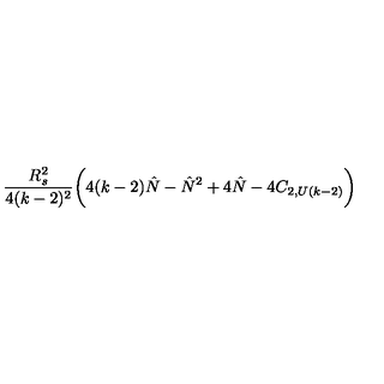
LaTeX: { \frac { R _ { s } ^ { 2 } } { 4 ( k - 2 ) ^ { 2 } } } \biggl ( 4 ( k - 2 ) { \hat { N } } - { \hat { N } } ^ { 2 } + 4 { \hat { N } } - 4 C _ { 2 , U ( k - 2 ) } \biggr )